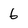
Character: 6